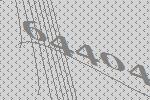
64404